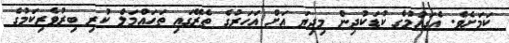
ކަމަށެވެ. އެގައުމުގެ ކުޑަކުދިން މިދިޔަ އަށް އަހަރުގެ ތެރޭގައި ތަހައްމަލް ކުރި ބިރުވެރިކަމުގެ